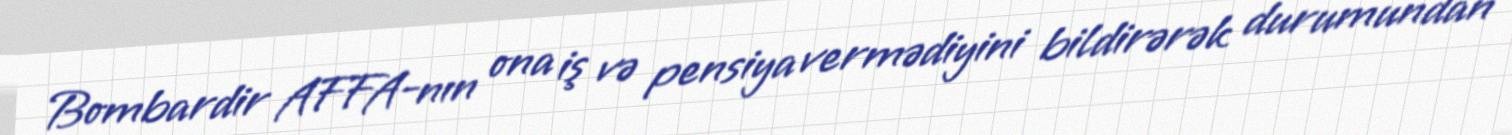
Bombardir AFFA-nın ona iş və pensiya vermədiyini bildirərək durumundan